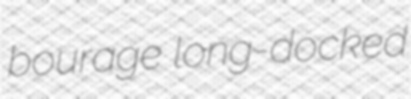
bourage long-docked